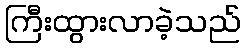
ကြီးထွားလာခဲ့သည်